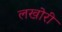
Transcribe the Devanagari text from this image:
लखोरी